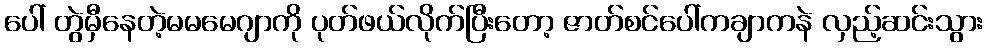
ပေါ် တွဲမှီနေတဲ့မမမေဂျာကို ပုတ်ဖယ်လိုက်ပြီးတော့ ဇာတ်စင်ပေါ်ကချာကနဲ လှည့်ဆင်းသွား